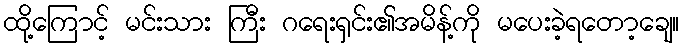
ထို့ကြောင့် မင်းသား ကြီး ဂရေးရှင်း၏အမိန့်ကို မပေးခဲ့ရတော့ချေ။